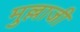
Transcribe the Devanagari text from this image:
मुल्लाजी